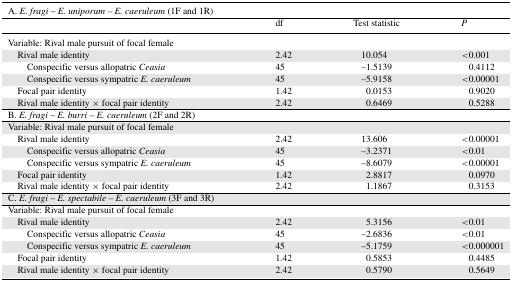
<table><thead><tr><td colspan="4"><b>A. <i>E. fragi</i> – <i>E. uniporum – E. caeruleum</i> (1F and 1R)</b></td></tr><tr><td></td><td><b>df</b></td><td><b>Test statistic</b></td><td><b><i>P</i></b></td></tr></thead><tbody><tr><td>Variable: Rival male pursuit of focal female</td><td></td><td></td><td></td></tr><tr><td>Rival male identity</td><td>2.42</td><td>10.054</td><td>&lt;0.001</td></tr><tr><td>Conspecific versus allopatric <i>Ceasia</i></td><td>45</td><td>–1.5139</td><td>0.4112</td></tr><tr><td>Conspecific versus sympatric <i>E. caeruleum</i></td><td>45</td><td>–5.9158</td><td>&lt;0.00001</td></tr><tr><td>Focal pair identity</td><td>1.42</td><td>0.0153</td><td>0.9020</td></tr><tr><td>Rival male identity × focal pair identity</td><td>2.42</td><td>0.6469</td><td>0.5288</td></tr><tr><td colspan="4">B. <i>E. fragi</i> – <i>E. burri – E. caeruleum</i> (2F and 2R)</td></tr><tr><td>Variable: Rival male pursuit of focal female</td><td></td><td></td><td></td></tr><tr><td>Rival male identity</td><td>2.42</td><td>13.606</td><td>&lt;0.00001</td></tr><tr><td>Conspecific versus allopatric <i>Ceasia</i></td><td>45</td><td>–3.2371</td><td>&lt;0.01</td></tr><tr><td>Conspecific versus sympatric <i>E. caeruleum</i></td><td>45</td><td>–8.6079</td><td>&lt;0.00001</td></tr><tr><td>Focal pair identity</td><td>1.42</td><td>2.8817</td><td>0.0970</td></tr><tr><td>Rival male identity × focal pair identity</td><td>2.42</td><td>1.1867</td><td>0.3153</td></tr><tr><td>C. <i>E. fragi</i> – <i>E. spectabile – E. caeruleum</i> (3F and 3R)</td><td></td><td></td><td></td></tr><tr><td>Variable: Rival male pursuit of focal female</td><td></td><td></td><td></td></tr><tr><td>Rival male identity</td><td>2.42</td><td>5.3156</td><td>&lt;0.01</td></tr><tr><td>Conspecific versus allopatric <i>Ceasia</i></td><td>45</td><td>–2.6836</td><td>&lt;0.01</td></tr><tr><td>Conspecific versus sympatric <i>E. caeruleum</i></td><td>45</td><td>–5.1759</td><td>&lt;0.000001</td></tr><tr><td>Focal pair identity</td><td>1.42</td><td>0.5853</td><td>0.4485</td></tr><tr><td>Rival male identity × focal pair identity</td><td>2.42</td><td>0.5790</td><td>0.5649</td></tr></tbody></table>